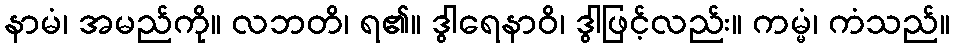
နာမံ၊ အမည်ကို။ လဘတိ၊ ရ၏။ ဒွါရေနာဝိ၊ ဒွါဖြင့်လည်း။ ကမ္မံ၊ ကံသည်။